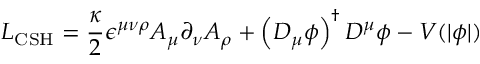
{ \cal L } _ { \mathrm { C S H } } = { \frac { \kappa } { 2 } } \epsilon ^ { \mu \nu \rho } A _ { \mu } \partial _ { \nu } A _ { \rho } + \left( D _ { \mu } \phi \right) ^ { \dagger } D ^ { \mu } \phi - V ( | \phi | )